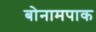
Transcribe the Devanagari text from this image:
बोनामपाक